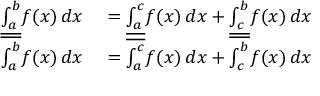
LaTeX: \begin{array} { r l } { { \underline { { \int _ { a } ^ { b } } } } f ( x ) \, d x } & { { } = { \underline { { \int _ { a } ^ { c } } } } f ( x ) \, d x + { \underline { { \int _ { c } ^ { b } } } } f ( x ) \, d x } \\ { { \overline { { \int _ { a } ^ { b } } } } f ( x ) \, d x } & { { } = { \overline { { \int _ { a } ^ { c } } } } f ( x ) \, d x + { \overline { { \int _ { c } ^ { b } } } } f ( x ) \, d x } \end{array}